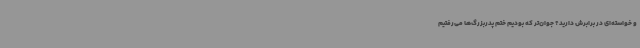
و خواسته‌ای در برابرش دارید؟ جوان‌تر که بودیم ختم پدربزرگ‌ها می‌رفتیم